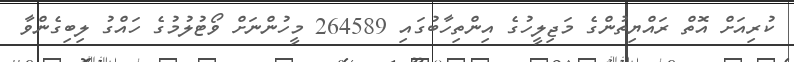
ކުރިއަށް އޮތް ރައްޔިތުންގެ މަޖިލީހުގެ އިންތިހާބުގައި 264589 މީހުންނަށް ވޯޓުލުމުގެ ހައްގު ލިބިގެންވާ